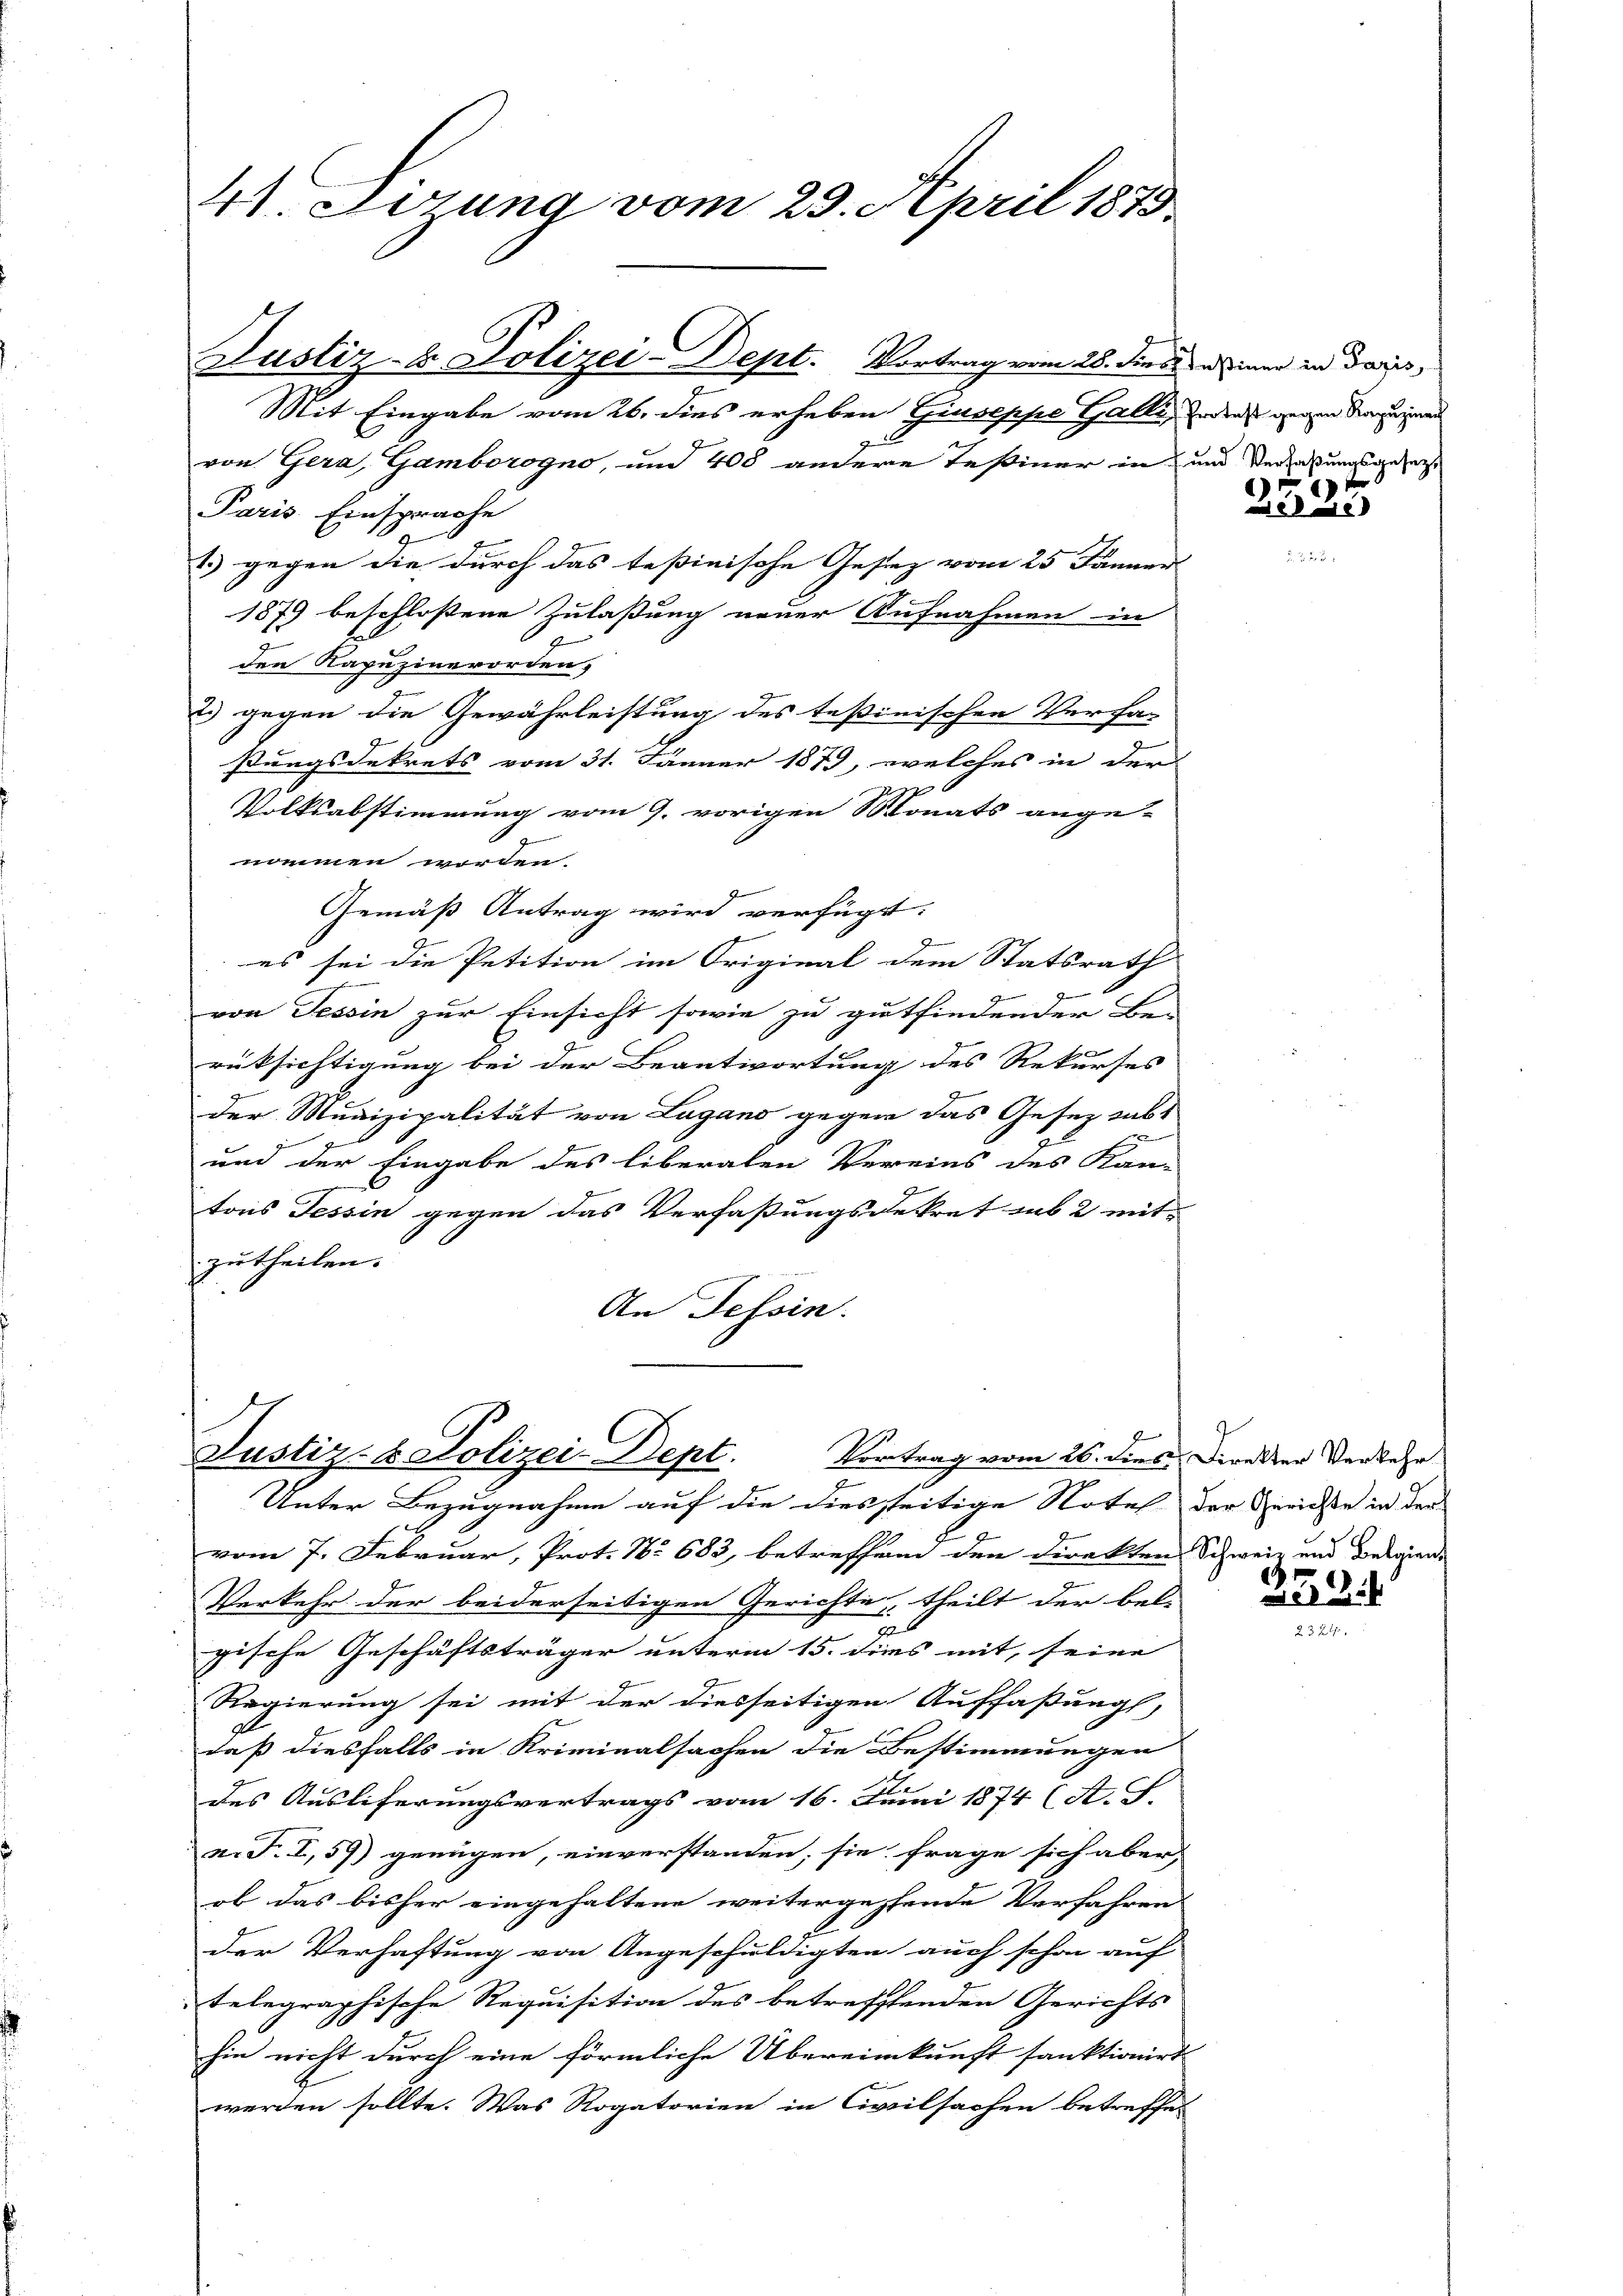
41. Dezung vom 23. April 1873.

Justiz- & Polizei-Dept. Vortrag vom 28. dies in einer in daris,
Mit Eingabe vom 26. dies erheben Giuseppe Halli, inder gegen denen
von Gera, Gamborogno, und 400 andere Teßiner in und Verfaßungsgesetzt
Paris Einsprache
1.) gegen die durch das tessinische Gesez vom 25. Jänner
1879 beschlossene Zulaßung neuer Aufnahmen in
den Kapuzinerorden,
2.) gegen die Gewährleistung des Teßinischen Verfas
ßungsdekrets vom 31. Jänner 1879, welches in der
Volksabstimmung vom 9. vorigen Monats ange-
nommen worden.
Gemäß Antrag wird verfügt:
s
es sei die Petition im Original dem Statsrath
g
von Tessin zur Einsicht sowie zu gutfindender Be-
rüksichtigung bei der Beantwortung des Rekurses
1
der Munizipalität von Lugano gegen das Gesez subs
e
und der Eingabe des liberalen Vereins des Kan-
tons Tessin gegen das Verfaßungsdekret sub 2 mitzutheilen.
An Tessin.

Justiz- & Polizei Dept.
Vortrag vom 26. dies Direkter Verkehr

Unter Bezugnahme auf die diesseitige Notel der Gerichte in den
vom 7. Februar, Prot. No 683, betreffend den Direkten Schweiz und Belgien-
Verkehr der beiderseitigen Gerichte, theilt der bel-
E
gische Geschäftsträger unterm 15. dies mit, seine
Regierung sei mit der diesseitigen Auffaßung,
daß diesfalls in Kriminalsachen die Bestimmungen
des Auslieferungsvertrags vom 16. Juni 1874 (A. T.
n. F. I, 59) genügen, einverstanden, sie frage sich aber,
ob das bisher eingehaltene weitergessende Verfahren
der Verhaftung von Angeschuldigten auch schon auf
telegraphische Requisition des betrefffenden Gerichts
hin nicht durch eine förmliche Übereinkunft sanktionirt
werden sollte. Was Rogatorien in Civilsachen betreffet

x
Die

1

2 eb